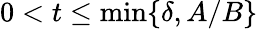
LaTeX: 0<t\leq\operatorname*{min}\{ \delta,A/B\}